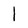
Character: 1